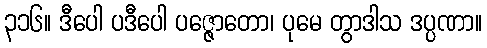
၃၁၆။ ဒီပေါ ပဒီပေါ ပဇ္ဇောတော၊ ပုမေ တွာဒါသ ဒပ္ပဏာ။